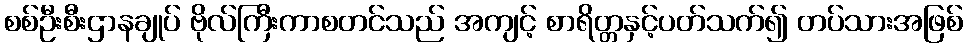
စစ်ဦးစီးဌာနချုပ် ဗိုလ်ကြီးကာစတင်သည် အကျင့် စာရိတ္တနှင့်ပတ်သက်၍ တပ်သားအဖြစ်